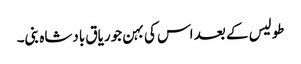
طولیس کے بعد اس کی بہن جوریاق بادشاہ بنی۔